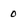
Character: 0